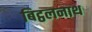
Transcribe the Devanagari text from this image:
बिट्ठलनाथ